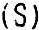
(S)